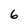
Character: 6